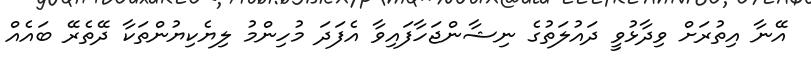
އޭނާ އިތުރަށް ވިދާޅުވީ ދައުލަތުގެ ނިޝާންޖަހާފައިވާ އެފަދަ މުހިންމު ލިޔެކިޔުންތަކާ ދޭތެރޭ ބައެއް